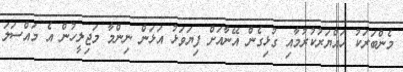
މެންބަރަކު ހައްޔަރުކުރުމާއި ގުޅިގެން އޭނާއަށް ފިޔަވަޅު އަޅަން ނިންމާ މަޖިލީހުން އެ މައްސަލަ